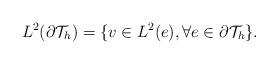
LaTeX: \begin{align*}\begin{aligned}&L^2(\partial\mathcal{T}_h)=\{v\in L^2(e),\forall e\in\partial\mathcal{T}_h\}.\end{aligned}\end{align*}